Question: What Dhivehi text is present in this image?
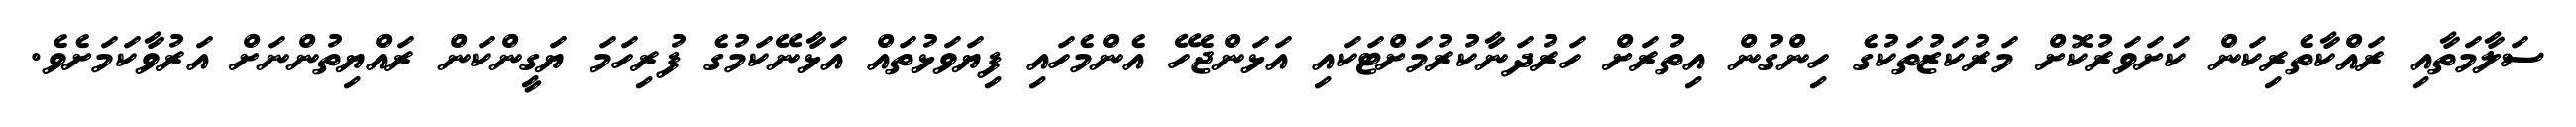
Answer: ސަލާމަތާއި ރައްކާތެރިކަން ކަށަވަރުކޮށް މަރުކަޒުތަކުގެ ހިންގުން އިތުރަށް ހަރުދަނާކުރުމަށްޓަކައި އަޅަންޖެހޭ އެންމެހައި ފިޔަވަޅުތައް އަޅާނޭކަމުގެ ފުރިހަމަ ޔަގީންކަން ރައްޔިތުންނަށް އަރުވާކަމަށެވެ.